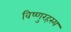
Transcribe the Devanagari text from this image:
विष्णुरहस्य